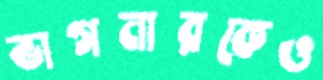
ভাগনারকেও